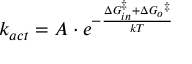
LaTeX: k _ { a c t } = A \cdot e ^ { - { \frac { \Delta { G _ { i n } ^ { \ddagger } } + \Delta { G _ { o } } ^ { \ddagger } } { k T } } }